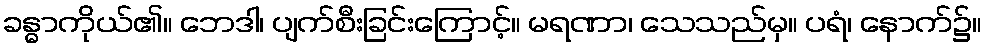
ခန္ဓာကိုယ်၏။ ဘေဒါ၊ ပျက်စီးခြင်းကြောင့်။ မရဏာ၊ သေသည်မှ။ ပရံ၊ နောက်၌။